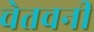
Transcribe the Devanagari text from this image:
चेतवनी